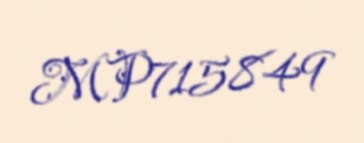
MP715849